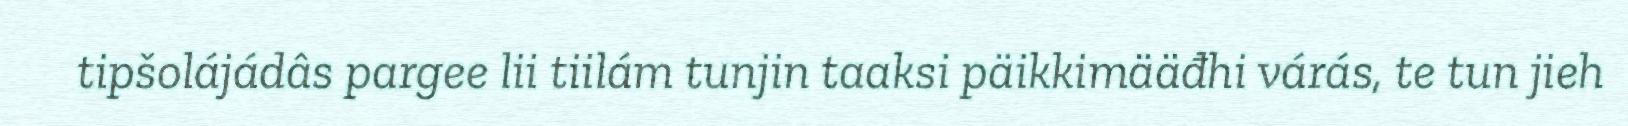
tipšolájádâs pargee lii tiilám tunjin taaksi päikkimääđhi várás, te tun jieh